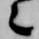
々